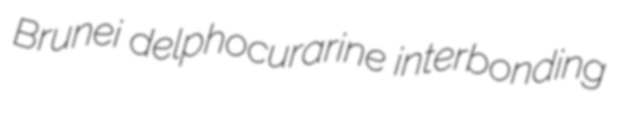
Brunei delphocurarine interbonding